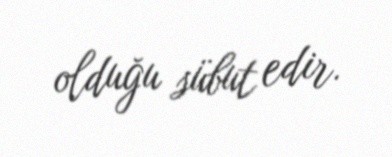
olduğu sübut edir.